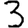
Digit: 3